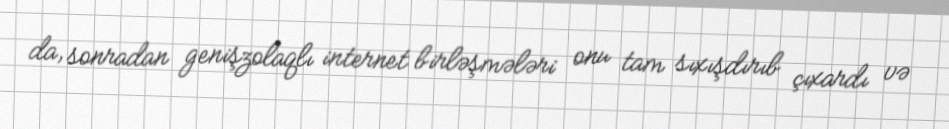
da, sonradan genişzolaqlı internet birləşmələri onu tam sıxışdırıb çıxardı və